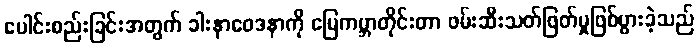
ပေါင်းစည်းခြင်းအတွက် ခါးနာဝေဒနာကို မြေကမ္ဘာတိုင်းတာ ဖမ်းဆီးသတ်ဖြတ်မှုဖြစ်ပွားခဲ့သည်